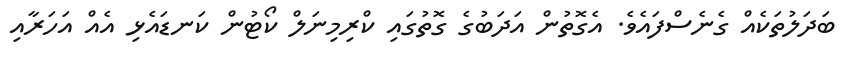
ބަދަލުތަކެއް ގެނެސްފައެވެ. އެގޮތުން އަދަބުގެ ގޮތުގައި ކްރިމިނަލް ކޯޓުން ކަނޑައެޅި އެއް އަހަރާއި